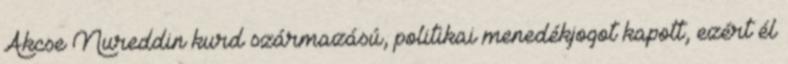
Akcse Nureddin kurd származású, politikai menedékjogot kapott, ezért él